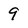
Character: 9